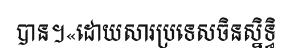
បាន។«ដោយសារប្រទេសចិនស្និទ្ធិ